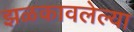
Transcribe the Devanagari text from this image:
झळकावलेल्या